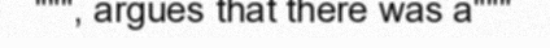
""", argues that there was a"""